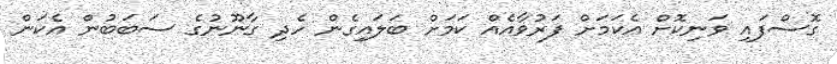
ގޮސްފައި ވަނިކޮށް އެކަމަށް ފަރުވާއެއް ކަމަށް ބަލައިގެން ހެދި ގާނޫނުގެ ސަބަބުން އެކަން